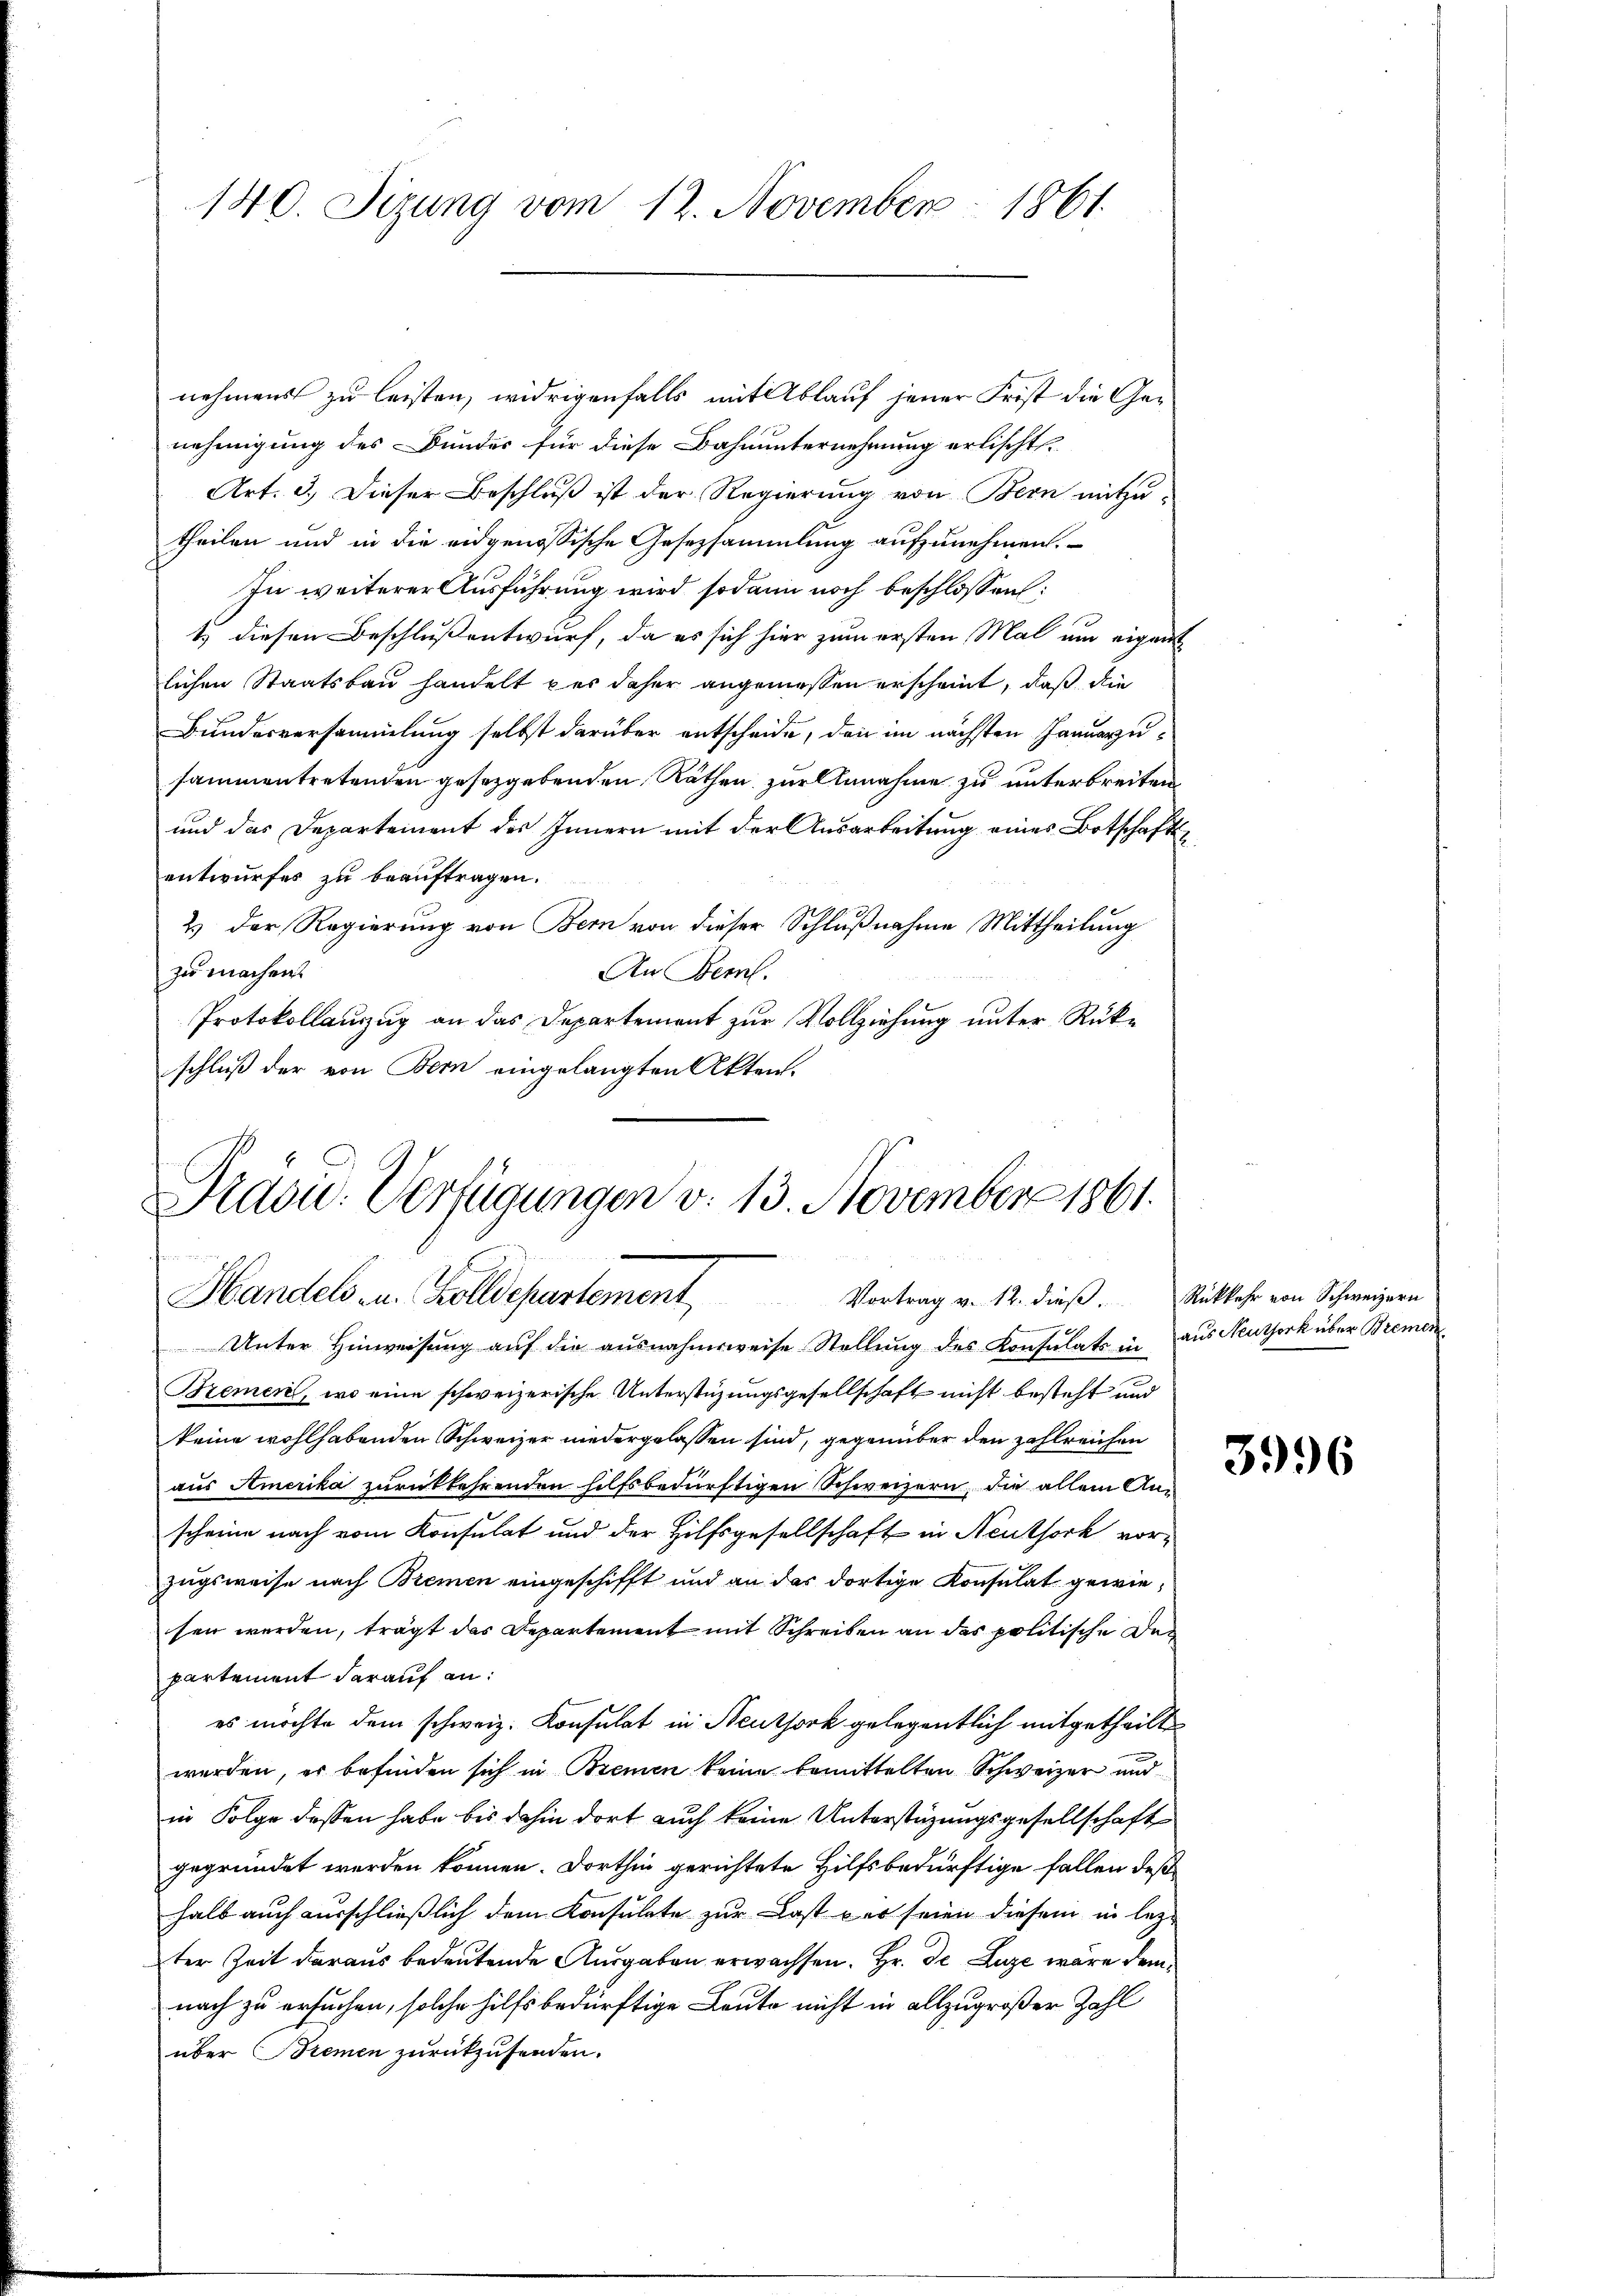
140. Sizung vom 12. November 1861.

nehmens zu leisten, widrigenfalls mit Ablauf jener Frist die Genehmigung des Bundes für diese Bahnunternehmung erlischt.
Art. 3.) Dieser Beschluß ist der Regierung von Bern mitzutheilen und in die eidgenössische Gesetzsammlung aufzunehmen.
In weiterer Ausführung wird sodann noch beschlossen:
1.) diesen Beschluß entwurf, da es sich hier zum ersten Mal um eigent
lichen Staatsbau handelt es daher angemessen erscheint, daß die
Bundesversammlung selbst darüber entscheide, den im nächsten Januarzusammentretenden gesetzgebenden Räthen zur Annahme zu unterbreiten
und das Departement des Innern mit der Ausarbeitung eines Botschaftsentwurfes zu beauftragen.
2) der Regierung von Bern von dieser Schlußnahme Mittheilung
zu machen
An Bern.
Protokollauzzug an das Departement zur Vollziehung unter Rükschluß der von Bern eingelangten Akten.

Praou. Verfügungen v. 13. November 1861.
Handels- u. Zolldepartement Vortrag v. 12. dieß. Rückkehr von Schweizern

1
Unter Hinweisung auf die ausnahmsweise Stellung des Konsulats in
Bremen, wo eine schweizerische Unterstüzungsgesellschaft nicht besteht und
keine wohlhabenden Schweizer niedergelassen sind, gegenüber den zahlreichen
aus Amerika zurückkehrenden hilfsbedürftigen Schweizern, die allein Anscheine nach vom Konsulat und der Hilfsgesellschaft in Neuthork vorzugsweise nach Bremen eingeschifft und an das dortige Konsulat gewiesen werden, trägt das Departement mit Schreiben an der politische Departement darauf an:
es möchte dem schweiz. Konsulat in Neuthork gelegentlich mitgetheilte
werden, er befinden sich in Bremen keine bemittelten Schweizer und
in Folge dessen habe bis dahin dort auch keine Unterstüzungsgesellschaft
gegründet werden können. Dorthin gerichtete Hilfsbedürftige fallen deß
halb auch ausschließlich dem Konsulate zur Last war seien diesem in lezter Zeit daraus bedeutende Ausgaben erwachsen. Hr. Dr. Luze wäre dem
nach zu ersuchen, solche hilfsbedürftige Leute nicht in allzugroßer Zahl
über Bremen zurückzusenden.

aus Neuthork über Bremen

3996